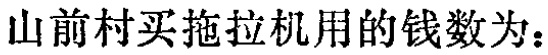
山前村买拖拉机用的钱数为：